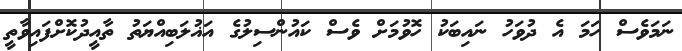
ނަމަވެސް ހަމަ އެ ދުވަހު ނައިބަކު ހޮވުމަށް ވެސް ކައުންސިލުގެ އަޣުލަބިއްޔަތު ތާއީދުކޮށްފައިވާތީ